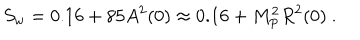
S _ { w } = 0 . 1 6 + 8 5 A ^ { 2 } ( 0 ) \approx 0 . 1 6 + M _ { \mathrm { P } } ^ { 2 } R ^ { 2 } ( 0 ) \ .